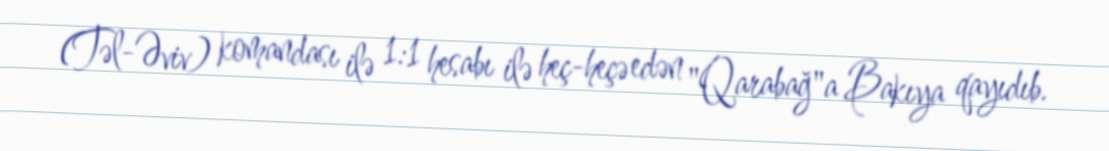
(Təl-Əviv) komandası ilə 1:1 hesabı ilə heç-heçə edən "Qarabağ"a Bakıya qayıdıb.